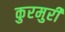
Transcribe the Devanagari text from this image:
कुरमुरी